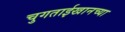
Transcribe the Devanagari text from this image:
चुगताईखानच्या